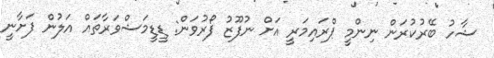
ޝާހު ބޭރުކުރަން ނިންމީ ޕްރައިމަރީ އަށް ނުފޫޒު ފޯރުވަން: ޑީޑީމަޝްވަރާތައް އަލުން ފަށާނީ